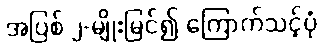
အပြစ် ၂-မျိုးမြင်၍ ကြောက်သင့်ပုံ